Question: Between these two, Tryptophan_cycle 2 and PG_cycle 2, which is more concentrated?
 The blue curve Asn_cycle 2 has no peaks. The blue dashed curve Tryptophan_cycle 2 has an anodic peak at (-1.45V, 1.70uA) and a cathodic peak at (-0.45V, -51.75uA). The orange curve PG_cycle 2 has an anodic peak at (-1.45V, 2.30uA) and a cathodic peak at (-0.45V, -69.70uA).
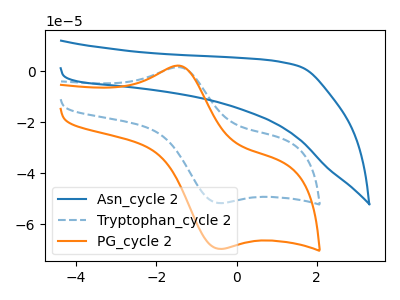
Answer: <think>All the peaks in "Tryptophan_cycle 2" have a peak in "PG_cycle 2" at the same potential. Every peak in "Tryptophan_cycle 2" is lower than every peak in "PG_cycle 2".
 </think>
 <answer>"Tryptophan_cycle 2" has less signal than "PG_cycle 2" and so likely has a lower concentration.</answer>
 <eval>less_concentration</eval>